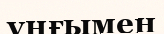
ұңғымен